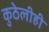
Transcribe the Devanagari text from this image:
कुठेलीही